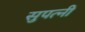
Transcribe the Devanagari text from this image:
सुपत्नी